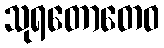
သုရတောတေဝ